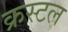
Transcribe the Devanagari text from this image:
क्रस्टल